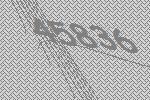
45836